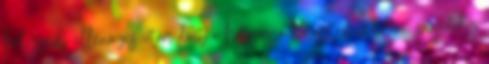
helyszíni ellenőrzés után dönt a hatóság a katasztrófavédelmi engedély